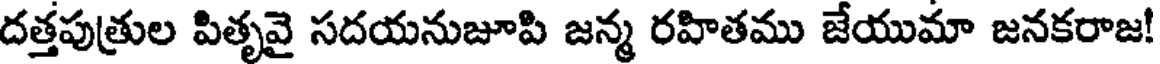
దత్తపుత్రుల పితృవై సదయనుజూపి జన్మ రహితము జేయుమా జనకరాజ!